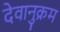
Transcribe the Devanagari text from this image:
देवानुक्रम